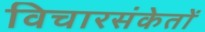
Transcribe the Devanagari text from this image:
विचारसंकेतों